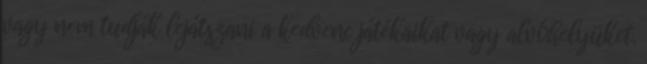
vagy nem tudják lejátszani a kedvenc játékaikat vagy alvóhelyüket.